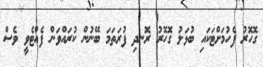
ގޮހޮރު ފެހުމަށްޓަކައި ބުޅަލު ގޮހޮރު ރޮނދި ފުރަތަމަ ބޭނުން ކުރައްވަން ފެއްޓެވީ ވެސް